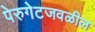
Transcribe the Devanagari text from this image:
पेरुगेटजवळील